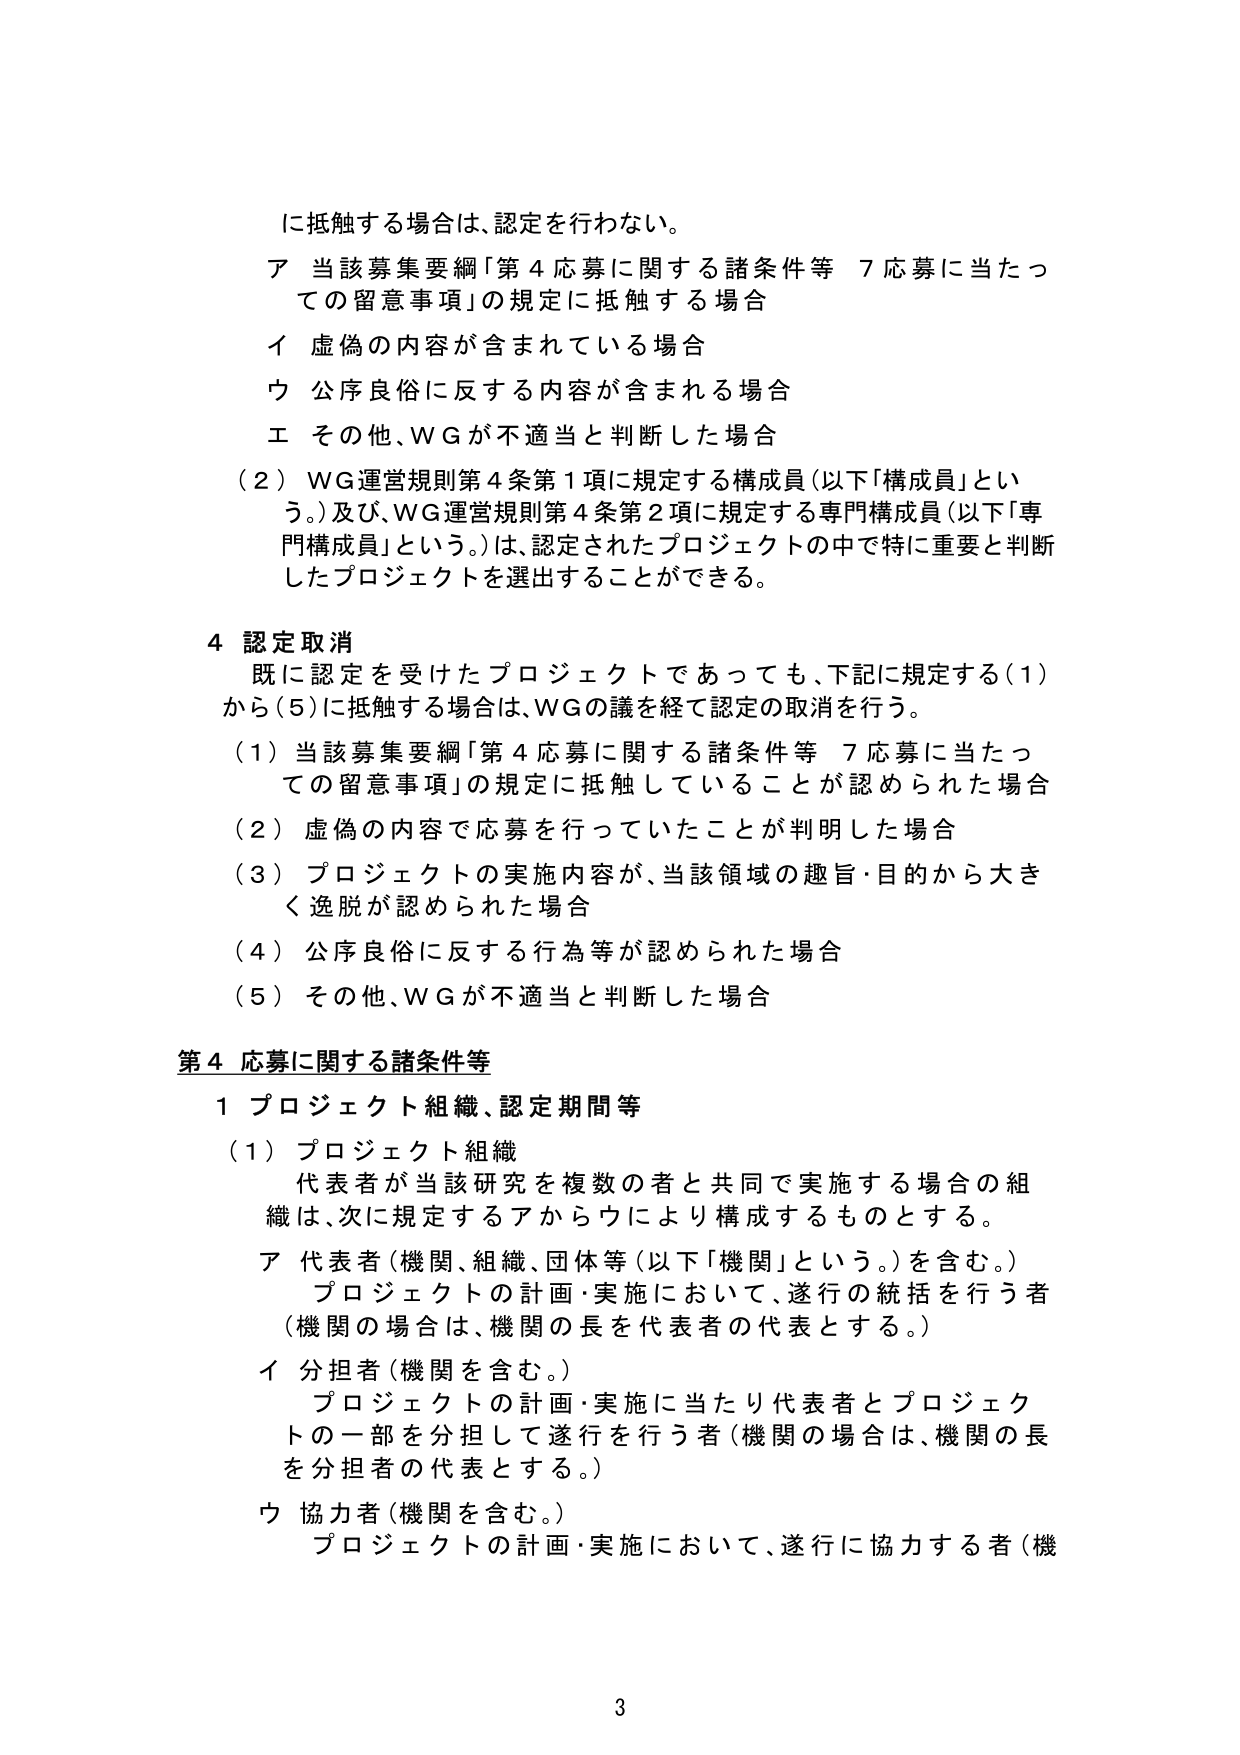
に抵触する場合は、認定を行わない。

ア 当該募集要綱「第４応募に関する諸条件等 ７応募に当たっての留意事項」の規定に抵触する場合
イ 虚偽の内容が含まれている場合
ウ 公序良俗に反する内容が含まれる場合
エ その他、ＷＧが不適当と判断した場合

（２）ＷＧ運営規則第４条第１項に規定する構成員（以下「構成員」という。）及び、ＷＧ運営規則第４条第２項に規定する専門構成員（以下「専門構成員」という。）は、認定されたプロジェクトの中で特に重要と判断したプロジェクトを選出することができる。

４ 認定取消
既に認定を受けたプロジェクトであっても、下記に規定する（１）から（５）に抵触する場合は、ＷＧの議を経て認定の取消を行う。
（１）当該募集要綱「第４応募に関する諸条件等 ７応募に当たっての留意事項」の規定に抵触していることが認められた場合
（２）虚偽の内容で応募を行っていたことが判明した場合
（３）プロジェクトの実施内容が、当該領域の趣旨・目的から大きく逸脱が認められた場合
（４）公序良俗に反する行為等が認められた場合
（５）その他、ＷＧが不適当と判断した場合

第４ 応募に関する諸条件等
１ プロジェクト組織、認定期間等
（１）プロジェクト組織
代表者が当該研究を複数の者と共同で実施する場合の組織は、次に規定するアからウにより構成するものとする。
ア 代表者（機関、組織、団体等（以下「機関」という。）を含む。）
　プロジェクトの計画・実施において、遂行の統括を行う者（機関の場合は、機関の長を代表者の代表とする。）
イ 分担者（機関を含む。）
　プロジェクトの計画・実施に当たり代表者とプロジェクトの一部を分担して遂行を行う者（機関の場合は、機関の長を分担者の代表とする。）
ウ 協力者（機関を含む。）
　プロジェクトの計画・実施において、遂行に協力する者（機

3